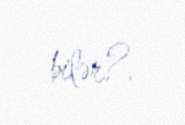
bilər?.